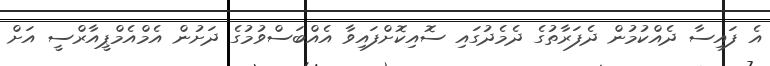
އެ ފައިސާ ދެއްކުމުން ދެފަރާތުގެ ދެމެދުގައި ސޮއިކޮށްފައިވާ އެއްބަސްވުމުގެ ދަށުން އެމްއެމްޕީއާރްސީ އަށް